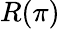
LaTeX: R(\pi)